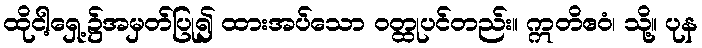
ထိုငါ့ရှေ့၌အမှတ်ပြု၍ ထားအပ်သော ဝတ္ထုပင်တည်း။ ဣတိဧဝံ၊ သို့။ ပုန